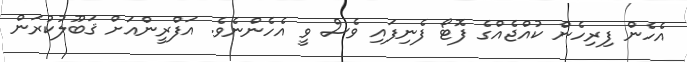
އެހެން ފިރިހެން ކުއްޖެއްގެ ފޮޓޯ ފެނިފައި ވެސް ވީ އެހެންނެވެ. އަފްރީންއަށް ޤަބޫލުކުރަން